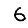
Digit: 6